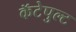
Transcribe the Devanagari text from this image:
कॅटेपुल्ट